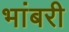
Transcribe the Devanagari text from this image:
भांबरी